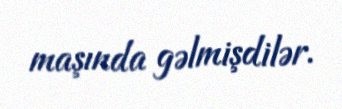
maşında gəlmişdilər.